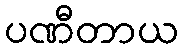
ပဏီတာယ